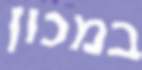
במכון